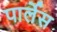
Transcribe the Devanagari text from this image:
पार्लेस